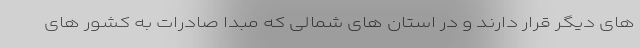
های دیگر قرار دارند و در استان های شمالی که مبدا صادرات به کشور های